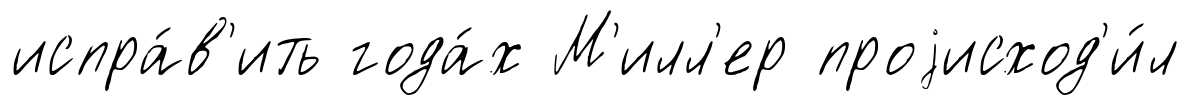
испра́в'ить года́х М'илл'ер проjисход'и́л